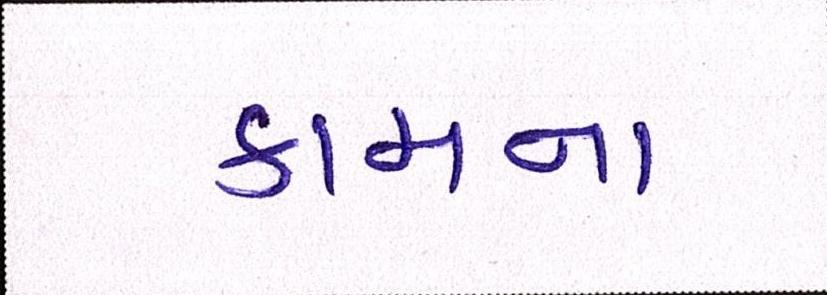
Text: કામના